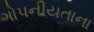
ગોપનીયતાના